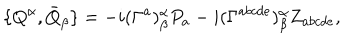
\{ Q ^ { \alpha } , \bar { Q } _ { \beta } \} = - i ( \Gamma ^ { a } ) _ { \beta } ^ { \alpha } P _ { a } - i ( \Gamma ^ { a b c d e } ) _ { \beta } ^ { \alpha } Z _ { a b c d e } ,